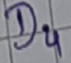
Text: D4